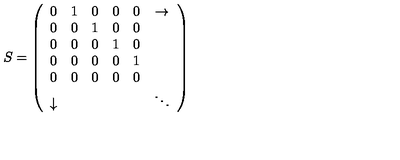
S = \left( \begin{array} { c c c c c c } { 0 } & { 1 } & { 0 } & { 0 } & { 0 } & { \rightarrow } \\ { 0 } & { 0 } & { 1 } & { 0 } & { 0 } & { } \\ { 0 } & { 0 } & { 0 } & { 1 } & { 0 } & { } \\ { 0 } & { 0 } & { 0 } & { 0 } & { 1 } & { } \\ { 0 } & { 0 } & { 0 } & { 0 } & { 0 } & { } \\ { \downarrow } & { } & { } & { } & { } & { \ddots } \\ \end{array} \right)